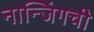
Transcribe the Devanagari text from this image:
नान्जिंगची